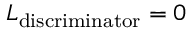
L _ { \mathrm { d i s c r i m i n a t o r } } = 0